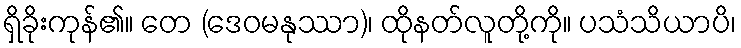
ရှိခိုးကုန်၏။ တေ (ဒေဝမနုဿာ)၊ ထိုနတ်လူတို့ကို။ ပသံသိယာပိ၊